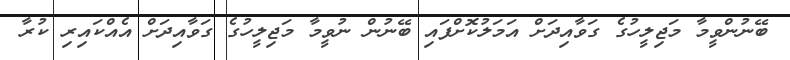
ބޭނުންވީމާ މަޖިލީހުގެ ގަވާއިދަށް އަމަލުކޮށްފައި ބޭނުން ނުވީމާ މަޖިލީހުގެ ގަވާއިދަށް އެއްކައިރި ކުރާ